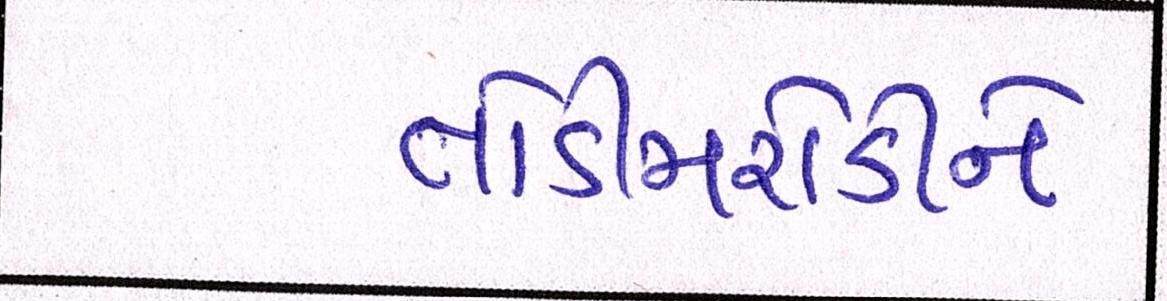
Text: તોડીમરોડીને